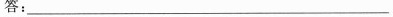
答：_____________________________________